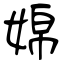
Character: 婂